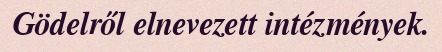
Gödelről elnevezett intézmények.